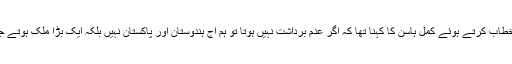
چنئی میں منعقدہ ایک تقریب سے خطاب کرتے ہوئے کمل ہاسن کا کہنا تھا کہ اگر عدم برداشت نہیں ہوتا تو ہم آج ہندوستان اور پاکستان نہیں بلکہ ایک بڑا ملک ہوتے جو چین سے بھی مقابل ہو سکتا تھا۔